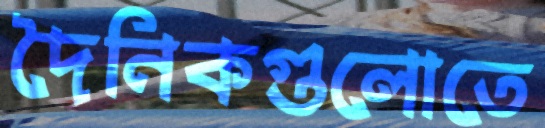
দৈনিকগুলোতে